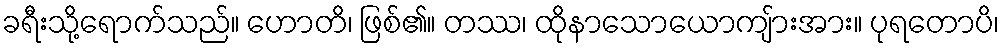
ခရီးသို့ရောက်သည်။ ဟောတိ၊ ဖြစ်၏။ တဿ၊ ထိုနာသောယောကျ်ားအား။ ပုရတောပိ၊